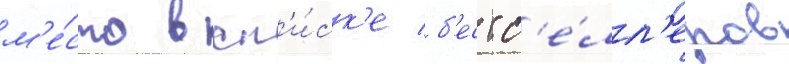
м'е́сто в сп'и́ск'е б'естс'е́лл'еров